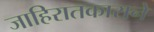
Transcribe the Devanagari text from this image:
जाहिरातकाराने